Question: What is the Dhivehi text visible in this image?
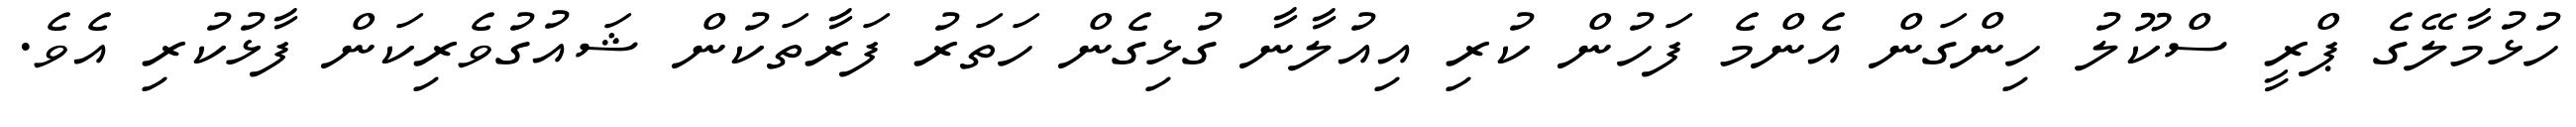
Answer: ހުޅުމާލޭގެ ޕްރީ ސްކޫލު ހިންގަން އެންމެ ފަހުން ކުރި އިއުލާނާ ގުޅިގެން ހަތަރު ފަރާތަކުން ޝައުގުވެރިކަން ފާޅުކުރި އެވެ.